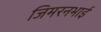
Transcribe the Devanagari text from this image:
जिमरनभाई